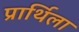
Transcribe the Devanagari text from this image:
प्रार्थिला